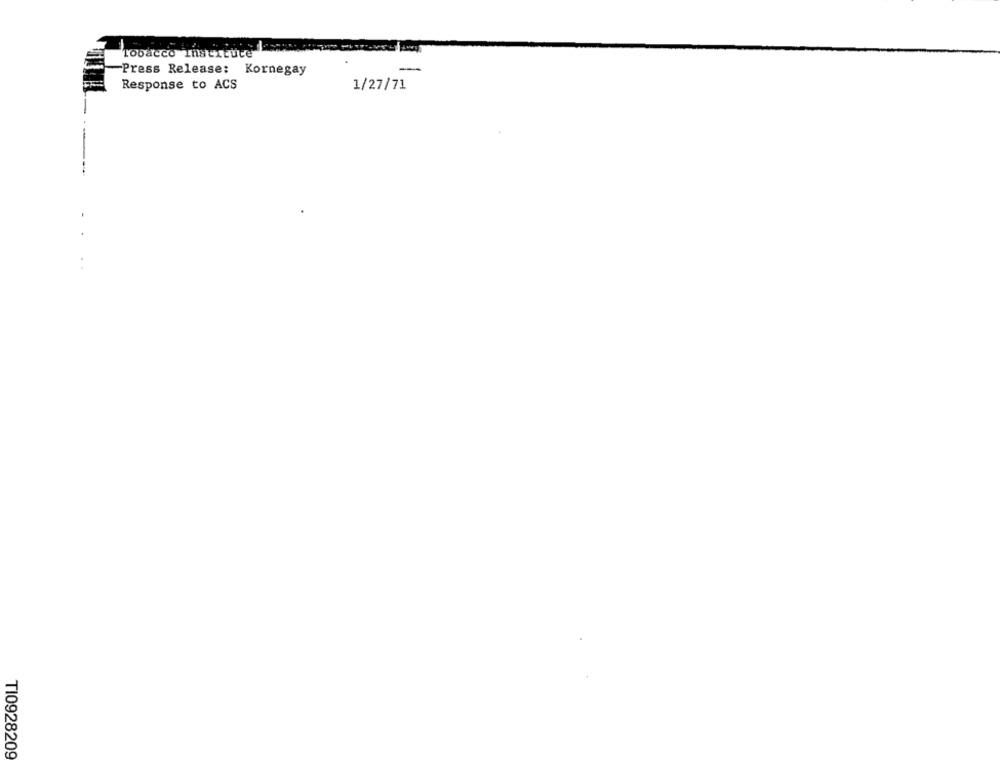
tobacco Institute
-
-Press Release: Kornegay
Response to ACS
1/27/71
T10928209